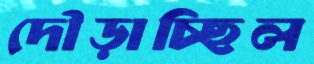
দৌড়াচ্ছিল